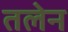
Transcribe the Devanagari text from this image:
तलेन